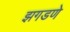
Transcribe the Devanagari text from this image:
झगडणे